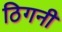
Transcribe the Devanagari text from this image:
ठिगनी